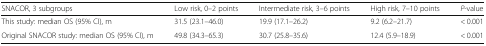
<table><thead><tr><td><b>SNACOR, 3 subgroups</b></td><td><b>Low risk, 0–2 points</b></td><td><b>Intermediate risk, 3–6 points</b></td><td><b>High risk, 7–10 points</b></td><td><b><i>P</i>-value</b></td></tr></thead><tbody><tr><td>This study: median OS (95% CI), m</td><td>31.5 (23.1–46.0)</td><td>19.9 (17.1–26.2)</td><td>9.2 (6.2–21.7)</td><td>&lt; 0.001</td></tr><tr><td>Original SNACOR study: median OS (95% CI), m</td><td>49.8 (34.3–65.3)</td><td>30.7 (25.8–35.6)</td><td>12.4 (5.9–18.9)</td><td>&lt; 0.001</td></tr></tbody></table>